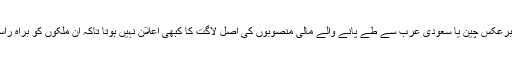
لیکن آئی ایم ایف جیسے اداروں کے برعکس چین یا سعودی عرب سے طے پانے والے مالی منصوبوں کی اصل لاگت کا کبھی اعلان نہیں ہوتا تاکہ ان ملکوں کو براہ راست نکتہ چینی کا سامنانہ کرنا پڑے۔